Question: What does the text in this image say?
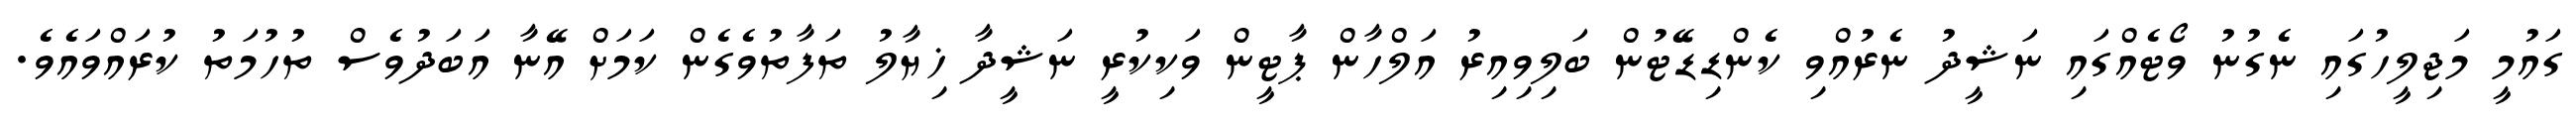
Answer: ގައުމީ މަޖިލީހުގައި ނެގުނު ވޯޓެއްގައި ނަޝީދު ނެރުއްވި ކެންޑިޑޭޓުން ބަލިވިއިރު އަލްހާން ޕާޓީން ވަކިކުރީ ނަޝީދާ ޚިޔާލު ތަފާތުވެގެން ކަމަށް އޭނާ އަބަދުވެސް ތުހުމަތު ކުރައްވައެވެ.